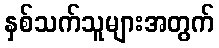
နှစ်သက်သူများအတွက်